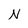
Character: N